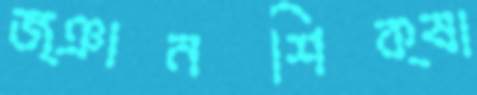
জ্ঞানশিক্ষা